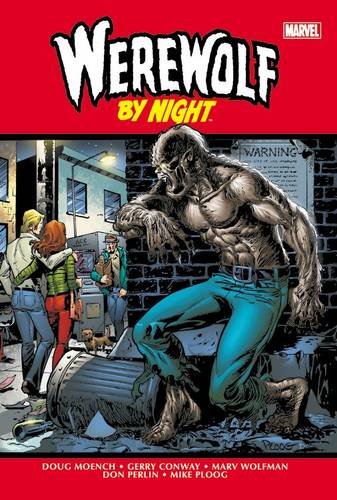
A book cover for Werewolf by Night Omnibus; Gerry Conway; Comics & Graphic Novels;